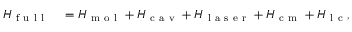
\begin{array} { r l } { H _ { \mathrm { ~ f ~ u ~ l ~ l ~ } } } & { { } = H _ { \mathrm { ~ m ~ o ~ l ~ } } + H _ { \mathrm { ~ c ~ a ~ v ~ } } + H _ { \mathrm { ~ l ~ a ~ s ~ e ~ r ~ } } + H _ { \mathrm { ~ c ~ m ~ } } + H _ { \mathrm { ~ l ~ c ~ } } , } \end{array}